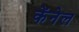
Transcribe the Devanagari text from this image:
केंनेल